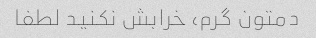
دمتون گرم، خرابش نکنید لطفا